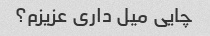
چایی میل داری عزیزم؟